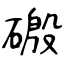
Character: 磤